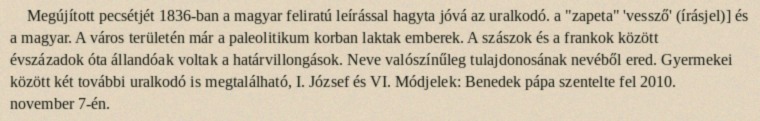
Megújított pecsétjét 1836-ban a magyar feliratú leírással hagyta jóvá az uralkodó. a "zapeta" 'vessző' (írásjel)] és a magyar. A város területén már a paleolitikum korban laktak emberek. A szászok és a frankok között évszázadok óta állandóak voltak a határvillongások. Neve valószínűleg tulajdonosának nevéből ered. Gyermekei között két további uralkodó is megtalálható, I. József és VI. Módjelek: Benedek pápa szentelte fel 2010. november 7-én.